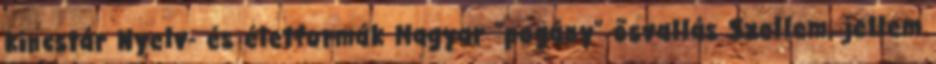
kincstár Nyelv- és életformák Magyar "pogány" ősvallás Szellem, jellem